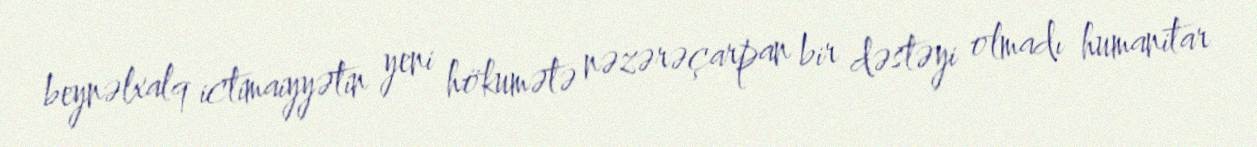
beynəlxalq ictimaiyyətin yeni hökumətə nəzərəçarpan bir dəstəyi olmadı humanitar